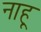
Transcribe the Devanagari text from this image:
नाहू